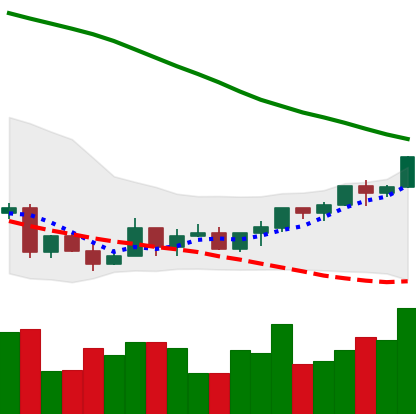
Ticker: LTC-USD
Chart end date: 2022-03-22
Forward return: 5.263%
Label: up_5_7